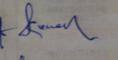
Signature authenticity: genuine